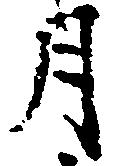
月